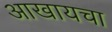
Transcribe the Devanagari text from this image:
आखायचा